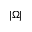
| \Omega |